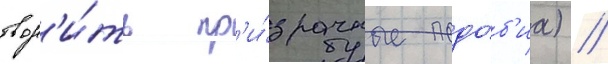
твор'и́ть пр'и́зрачные подо́б'иа) //